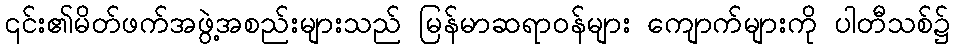
၎င်း၏မိတ်ဖက်အဖွဲ့အစည်းများသည် မြန်မာဆရာဝန်များ ကျောက်များကို ပါတီသစ်၌